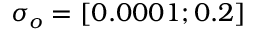
\sigma _ { o } = [ 0 . 0 0 0 1 ; 0 . 2 ]